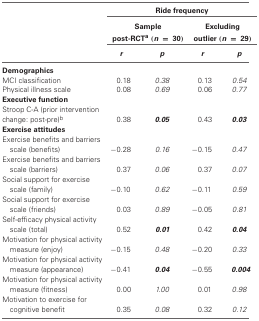
<table><thead><tr><td></td><td><b>Ride frequency</b></td></tr><tr><td></td><td colspan="2"><b>Sample post-RCT<sup>a</sup> (<i>n</i> = 30)</b></td><td colspan="2"><b>Excluding outlier (<i>n</i> = 29)</b></td></tr><tr><td></td><td><b><i>r</i></b></td><td><b><i>p</i></b></td><td><b><i>r</i></b></td><td><b><i>p</i></b></td></tr></thead><tbody><tr><td><b>Demographics</b></td></tr><tr><td>MCI classification</td><td>0.18</td><td><i>0.38</i></td><td>0.13</td><td><i>0.54</i></td></tr><tr><td>Physical illness scale</td><td>0.08</td><td><i>0.69</i></td><td>0.06</td><td><i>0.77</i></td></tr><tr><td><b>Executive function</b></td></tr><tr><td>Stroop C-A (prior intervention change: post-pre)<sup>b</sup></td><td>0.38</td><td><b><i>0.05</i></b></td><td>0.43</td><td><b><i>0.03</i></b></td></tr><tr><td><b>Exercise attitudes</b></td></tr><tr><td>Exercise benefits and barriers scale (benefits)</td><td>−0.28</td><td><i>0.16</i></td><td>−0.15</td><td><i>0.47</i></td></tr><tr><td>Exercise benefits and barriers scale (barriers)</td><td>0.37</td><td><i>0.06</i></td><td>0.37</td><td><i>0.07</i></td></tr><tr><td>Social support for exercise scale (family)</td><td>−0.10</td><td><i>0.62</i></td><td>−0.11</td><td><i>0.59</i></td></tr><tr><td>Social support for exercise scale (friends)</td><td>0.03</td><td><i>0.89</i></td><td>−0.05</td><td><i>0.81</i></td></tr><tr><td>Self-efficacy physical activity scale (total)</td><td>0.52</td><td><b><i>0.01</i></b></td><td>0.42</td><td><b><i>0.04</i></b></td></tr><tr><td>Motivation for physical activity measure (enjoy)</td><td>−0.15</td><td><i>0.48</i></td><td>−0.20</td><td><i>0.33</i></td></tr><tr><td>Motivation for physical activity measure (appearance)</td><td>−0.41</td><td><b><i>0.04</i></b></td><td>−0.55</td><td><b><i>0.004</i></b></td></tr><tr><td>Motivation for physical activity measure (fitness)</td><td>0.00</td><td><i>1.00</i></td><td>0.01</td><td><i>0.98</i></td></tr><tr><td>Motivation to exercise for cognitive benefit</td><td>0.35</td><td><i>0.08</i></td><td>0.32</td><td><i>0.12</i></td></tr></tbody></table>